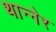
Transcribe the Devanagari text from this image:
थान्नेर